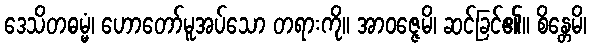
ဒေသိတဓမ္မံ၊ ဟောတော်မူအပ်သော တရားကို။ အာဝဇ္ဇေမိ၊ ဆင်ခြင်၏။ စိန္တေမိ၊